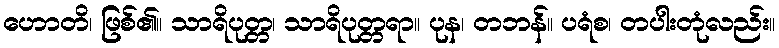
ဟောတိ၊ ဖြစ်၏။ သာရိပုတ္တ၊ သာရိပုတ္တရာ။ ပုန၊ တဘန်။ ပရံစ၊ တပါးတုံလည်း။